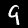
Label: 9